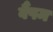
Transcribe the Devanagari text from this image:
वैंपम